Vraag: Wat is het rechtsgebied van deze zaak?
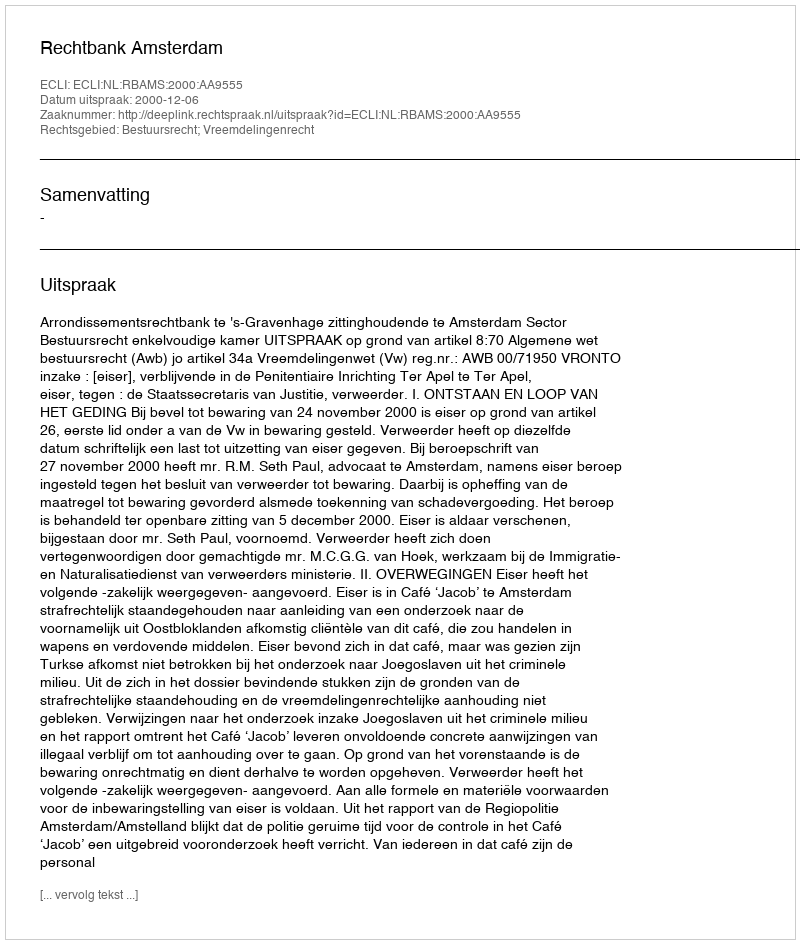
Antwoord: Bestuursrecht; Vreemdelingenrecht